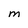
Character: M